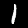
Digit: 1